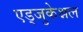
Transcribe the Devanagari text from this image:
एड्जुकेश्नल